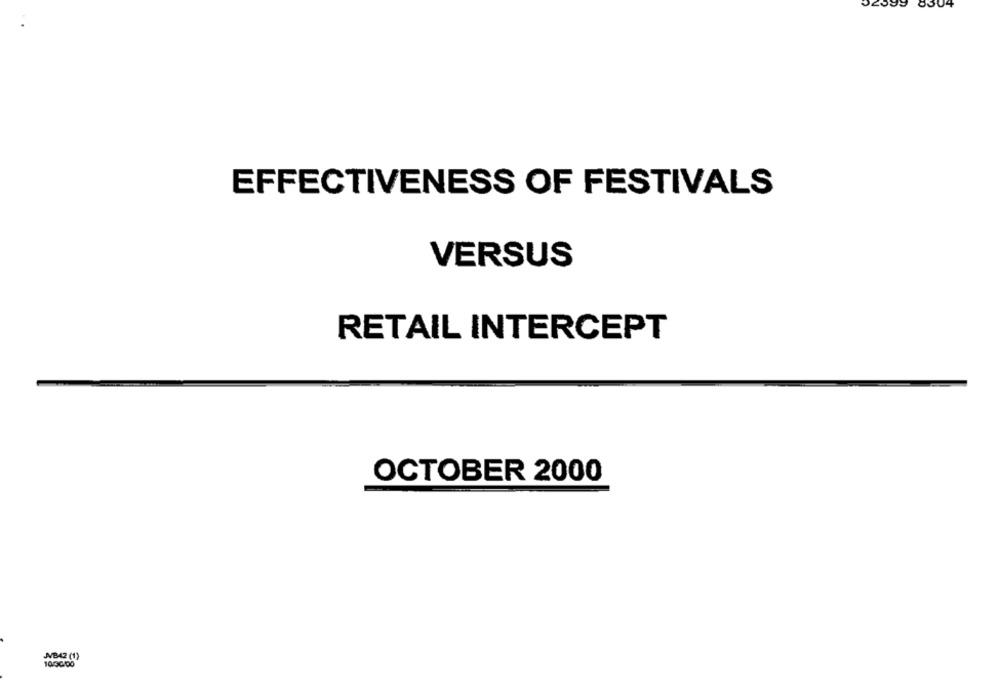
8304
EFFECTIVENESS OF FESTIVALS
VERSUS
RETAIL INTERCEPT
OCTOBER 2000
JB42 (1)
10/00100